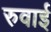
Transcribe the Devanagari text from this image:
रुवाई